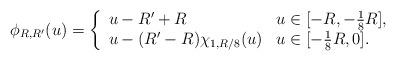
LaTeX: \begin{align*}\phi_{R,R'}(u) = \left\{\begin{array}{ll}u - R' + R & u\in[-R,-\frac{1}{8}R] ,\\u -(R'-R)\chi_{1,R/8}(u) & u\in[-\frac{1}{8}R,0].\end{array}\right.\end{align*}